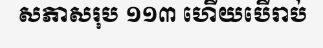
សភាសរុប ១១៣ ហើយបើរាប់